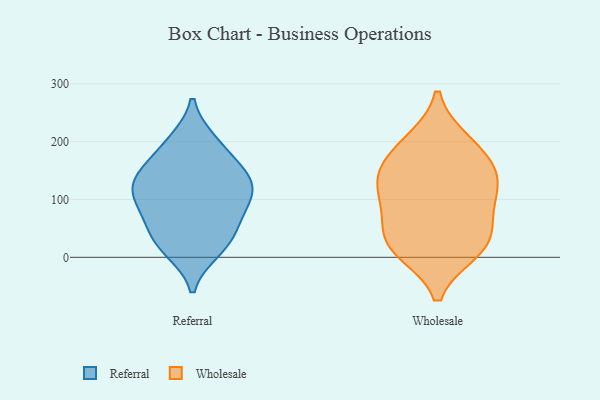
{"axis": {"x": "Budget (USD K)", "y": "Value"}, "legend": ["Referral", "Wholesale"], "data": [{"x": "", "y": 26, "type": "Referral"}, {"x": "", "y": 129, "type": "Referral"}, {"x": "", "y": 65, "type": "Referral"}, {"x": "", "y": 57, "type": "Referral"}, {"x": "", "y": 89, "type": "Referral"}, {"x": "", "y": 22, "type": "Referral"}, {"x": "", "y": 119, "type": "Referral"}, {"x": "", "y": 13, "type": "Referral"}, {"x": "", "y": 136, "type": "Referral"}, {"x": "", "y": 200, "type": "Referral"}, {"x": "", "y": 146, "type": "Referral"}, {"x": "", "y": 96, "type": "Referral"}, {"x": "", "y": 197, "type": "Referral"}, {"x": "", "y": 161, "type": "Referral"}, {"x": "", "y": 115, "type": "Referral"}, {"x": "", "y": 192, "type": "Wholesale"}, {"x": "", "y": 12, "type": "Wholesale"}, {"x": "", "y": 83, "type": "Wholesale"}, {"x": "", "y": 89, "type": "Wholesale"}, {"x": "", "y": 31, "type": "Wholesale"}, {"x": "", "y": 139, "type": "Wholesale"}, {"x": "", "y": 115, "type": "Wholesale"}, {"x": "", "y": 17, "type": "Wholesale"}, {"x": "", "y": 30, "type": "Wholesale"}, {"x": "", "y": 147, "type": "Wholesale"}, {"x": "", "y": 150, "type": "Wholesale"}, {"x": "", "y": 200, "type": "Wholesale"}]}